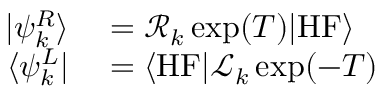
\begin{array} { r l } { \vert \psi _ { k } ^ { R } \rangle } & { { } = \mathcal { R } _ { k } \exp ( T ) \vert \mathrm { H F } \rangle } \\ { \langle \psi _ { k } ^ { L } \vert } & { { } = \langle \mathrm { H F } \vert \mathcal { L } _ { k } \exp ( - T ) } \end{array}